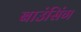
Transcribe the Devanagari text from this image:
बाउंसिंग